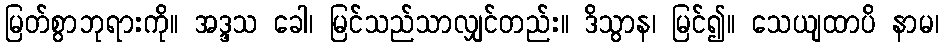
မြတ်စွာဘုရားကို။ အဒ္ဒသ ခေါ၊ မြင်သည်သာလျှင်တည်း။ ဒိသွာန၊ မြင်၍။ သေယျထာပိ နာမ၊